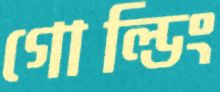
গোল্ডিং